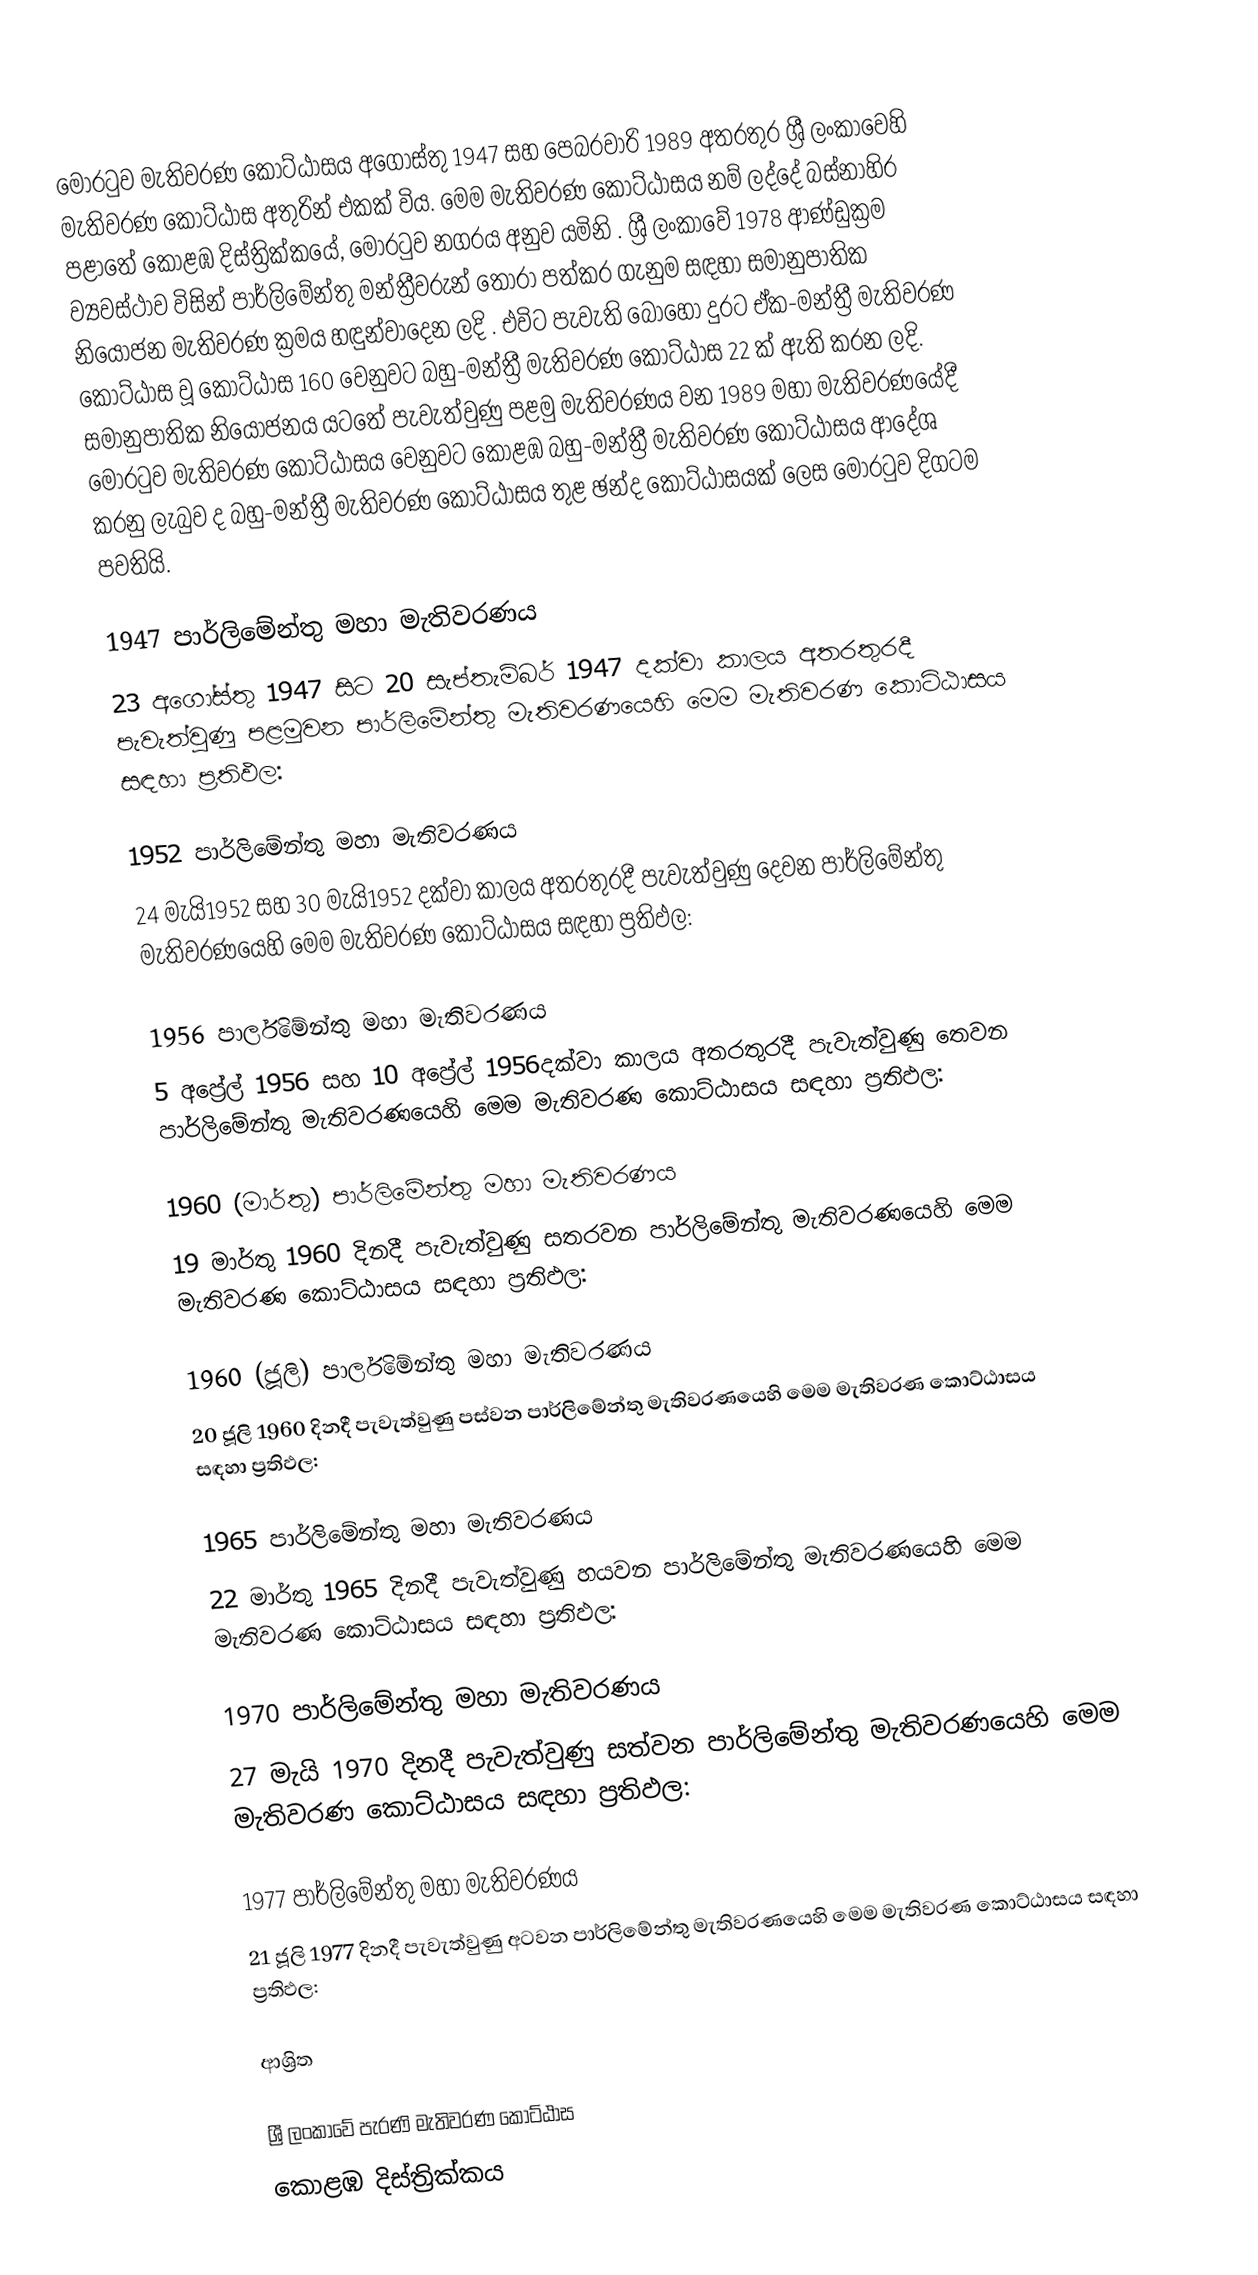
මොරටුව මැතිවරණ කොට්ඨාසය  අගෝස්තු 1947 සහ පෙබරවාරි 1989 අතරතුර  ශ්‍රී ලංකාවෙහි  මැතිවරණ කොට්ඨාස අතුරින් එකක් විය. මෙම මැතිවරණ කොට්ඨාසය නම් ලද්දේ බස්නාහිර පළාතේ  කොළඹ දිස්ත්‍රික්කයේ,  මොරටුව නගරය අනුව යමිනි . ශ්‍රී ලංකාවේ 1978 ආණ්ඩුක්‍රම ව්‍යවස්ථාව විසින්   පාර්ලිමේන්තු මන්ත්‍රීවරුන් තෝරා පත්කර ගැනුම සඳහා සමානුපාතික නියෝජන මැතිවරණ ක්‍රමය හඳුන්වාදෙන ලදි . එවිට පැවැති බොහෝ දුරට  ඒක-මන්ත්‍රී මැතිවරණ කොට්ඨාස වූ කොට්ඨාස 160 වෙනුවට බහු-මන්ත්‍රී මැතිවරණ කොට්ඨාස 22 ක් ඇති කරන ලදි. සමානුපාතික නියෝජනය යටතේ පැවැත්වුණු පළමු මැතිවරණය වන 1989 මහා මැතිවරණයේදී  මොරටුව මැතිවරණ කොට්ඨාසය වෙනුවට  කොළඹ බහු-මන්ත්‍රී මැතිවරණ කොට්ඨාසය  ආදේශ කරනු ලැබුව ද බහු-මන්ත්‍රී මැතිවරණ කොට්ඨාසය තුළ ඡන්ද කොට්ඨාසයක් ලෙස මොරටුව දිගටම පවතියි.

1947 පාර්ලිමේන්තු මහා මැතිවරණය
23 අගෝස්තු 1947 සිට 20 සැප්තැම්බර් 1947 දක්වා කාලය අතරතුරදී පැවැත්වුණු  පළමුවන පාර්ලිමේන්තු මැතිවරණයෙහි මෙම මැතිවරණ කොට්ඨාසය සඳහා ප්‍රතිඵල:

1952 පාර්ලිමේන්තු මහා මැතිවරණය
24 මැයි1952 සහ 30 මැයි1952 දක්වා කාලය අතරතුරදී පැවැත්වුණු  දෙවන පාර්ලිමේන්තු මැතිවරණයෙහි මෙම මැතිවරණ කොට්ඨාසය සඳහා ප්‍රතිඵල:

1956 පාර්ලිමේන්තු මහා මැතිවරණය
5 අප්‍රේල් 1956 සහ 10 අප්‍රේල් 1956දක්වා කාලය අතරතුරදී පැවැත්වුණු  තෙවන පාර්ලිමේන්තු මැතිවරණයෙහි මෙම මැතිවරණ කොට්ඨාසය සඳහා ප්‍රතිඵල:

1960 (මාර්තු) පාර්ලිමේන්තු මහා මැතිවරණය
19 මාර්තු 1960 දිනදී පැවැත්වුණු  සතරවන පාර්ලිමේන්තු මැතිවරණයෙහි මෙම මැතිවරණ කොට්ඨාසය සඳහා ප්‍රතිඵල:

1960 (ජූලි) පාර්ලිමේන්තු මහා මැතිවරණය
20 ජූලි 1960 දිනදී පැවැත්වුණු  පස්වන පාර්ලිමේන්තු මැතිවරණයෙහි මෙම මැතිවරණ කොට්ඨාසය සඳහා ප්‍රතිඵල:

1965 පාර්ලිමේන්තු මහා මැතිවරණය
22 මාර්තු 1965  දිනදී පැවැත්වුණු  හයවන පාර්ලිමේන්තු මැතිවරණයෙහි මෙම මැතිවරණ කොට්ඨාසය සඳහා ප්‍රතිඵල:

1970 පාර්ලිමේන්තු මහා මැතිවරණය
27 මැයි 1970 දිනදී පැවැත්වුණු  සත්වන පාර්ලිමේන්තු මැතිවරණයෙහි මෙම මැතිවරණ කොට්ඨාසය සඳහා ප්‍රතිඵල:

1977 පාර්ලිමේන්තු මහා මැතිවරණය
21 ජූලි 1977 දිනදී පැවැත්වුණු  අටවන පාර්ලිමේන්තු මැතිවරණයෙහි මෙම මැතිවරණ කොට්ඨාසය සඳහා ප්‍රතිඵල:

ආශ්‍රිත

ශ්‍රී ලංකාවේ පැරණි මැතිවරණ කොට්ඨාස
කොළඹ දිස්ත්‍රික්කය